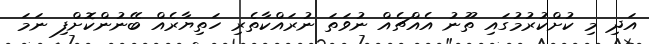
އަދި މި ކުށްކުރުމުގައި ތޫނު އެއްޗެއް ނުވަތަ ނުރައްކާތެރި ހަތިޔާރެއް ބޭނުންކޮށްފި ނަމަ